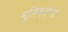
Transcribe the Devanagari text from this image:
मुनिकाण्ड